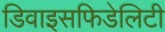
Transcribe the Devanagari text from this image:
डिवाइसफिडेलिटी